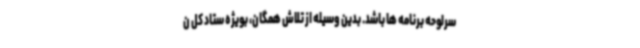
سرلوحه برنامه ها باشد. بدین وسیله از تلاش‌ همگان، بویژه ستاد کل ن